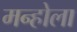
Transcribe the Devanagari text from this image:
मन्होला